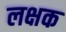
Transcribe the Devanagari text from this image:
लक्षक